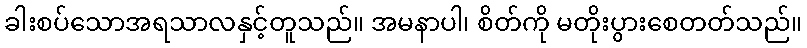
ခါးစပ်သောအရသာလနှင့်တူသည်။ အမနာပါ၊ စိတ်ကို မတိုးပွားစေတတ်သည်။